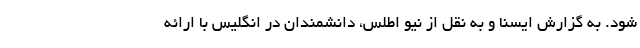
شود. به گزارش ایسنا و به نقل از نیو اطلس، دانشمندان در انگلیس با ارائه